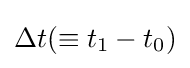
\Delta t(\equiv t_{1}-t_{0})